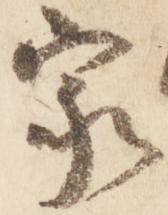
家